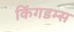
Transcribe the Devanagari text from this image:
किंगडम्स